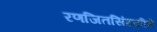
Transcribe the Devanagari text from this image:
रणजितसिंहजींचे